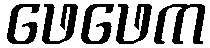
ဖေဖေက